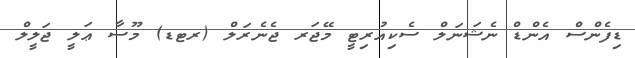
ޑިފެންސް އެންޑް ނެޝަނަލް ސެކިއުރިޓީ މޭޖަރ ޖެނެރަލް (ރޓޑ) މޫސާ ޢަލީ ޖަލީލް